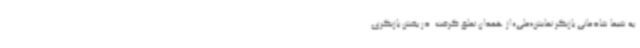
به شیما شادمانی بازیگر نمایش«ملی» از همدان تعلق گرفت. در بخش بازیگری